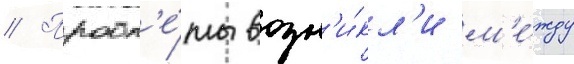
// Пробл'е́мы возн'и́кл'и м'е́жду